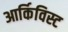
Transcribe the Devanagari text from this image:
आर्किविस्ट